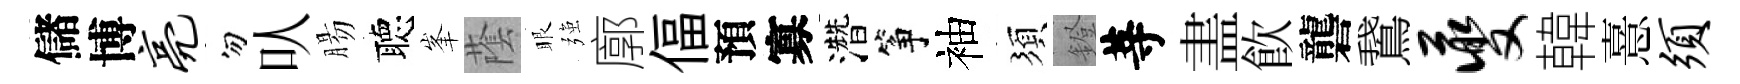
儲博亮勿㕥腸聴峯䕃眼强廓偪預寡濳筝袖須鐙䓁𥁞飮礱鵞夔韓憙须